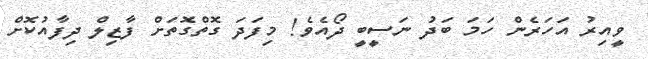
ވީއިރު އަހަރެން ހަމަ ބަދު ނަސީބީ ދޯއެވެ! މިފަދަ ގޮތްގޮތަށް ފާޒިލް ދިފާއުކޮށް